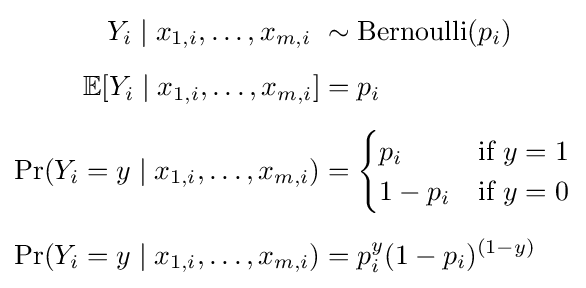
{\begin{aligned}Y_{i}\mid x_{1,i},\ldots ,x_{m,i}\ &\sim \operatorname {Bernoulli} (p_{i})\\[5pt]\operatorname {\mathbb {E} } [Y_{i}\mid x_{1,i},\ldots ,x_{m,i}]&=p_{i}\\[5pt]\Pr(Y_{i}=y\mid x_{1,i},\ldots ,x_{m,i})&={\begin{cases}p_{i}&{\text{if }}y=1\\1-p_{i}&{\text{if }}y=0\end{cases}}\\[5pt]\Pr(Y_{i}=y\mid x_{1,i},\ldots ,x_{m,i})&=p_{i}^{y}(1-p_{i})^{(1-y)}\end{aligned}}